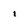
Character: i